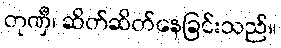
တုဏှီ၊ ဆိတ်ဆိတ်နေခြင်းသည်။